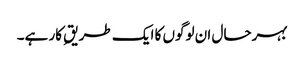
بہرحال ان لوگوں کا ایک طریقِ کار ہے۔